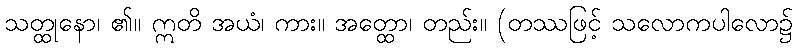
သတ္ထုနော၊ ၏။ ဣတိ အယံ၊ ကား။ အတ္ထော၊ တည်း။ (တဿဖြင့် သလောကပါလော၌